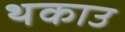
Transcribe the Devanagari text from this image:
थकाउ